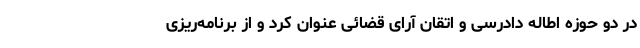
در دو حوزه اطاله دادرسی و اتقان آرای قضائی عنوان کرد و از برنامه‌ریزی